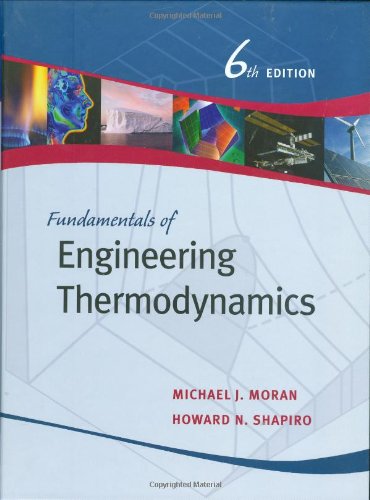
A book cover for Fundamentals of Engineering Thermodynamics; Michael J. Moran; Science & Math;